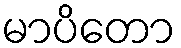
မာပိတော